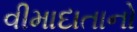
વીમાદાતાનો